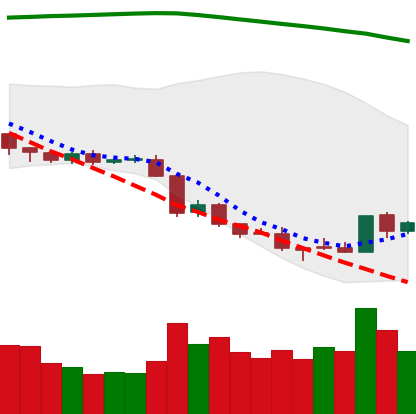
Ticker: EOS-USD
Chart end date: 2018-08-19
Forward return: -4.826%
Label: down_3_5